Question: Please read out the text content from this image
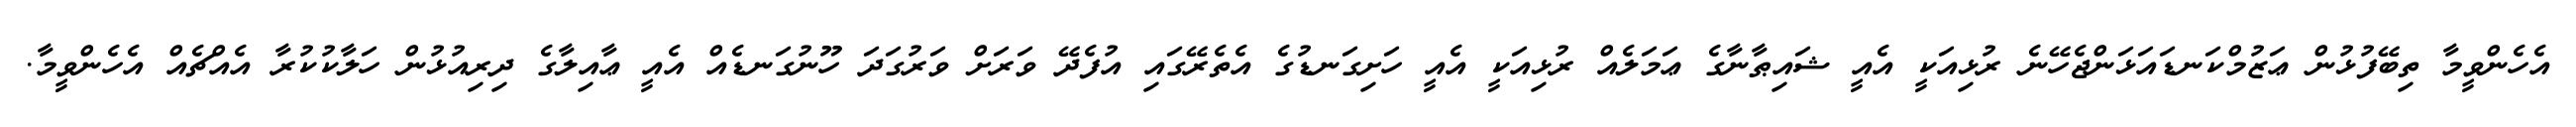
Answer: އެހެންވީމާ ތިބޭފުޅުން ޢަޒުމްކަނޑައަޅަންޖެހޭނެ ރުޅިއަކީ އެއީ ޝައިޠާނާގެ ޢަމަލެއް ރުޅިއަކީ އެއީ ހަށިގަނޑުގެ އެތެރޭގައި އުފެދޭ ވަރަށް ވަރުގަދަ ހޫނުގަނޑެއް އެއީ ޢާއިލާގެ ދިރިއުޅުން ހަލާކުކުރާ އެއްޗެއް އެހެންވީމާ.